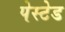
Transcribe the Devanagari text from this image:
पेस्टेड